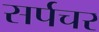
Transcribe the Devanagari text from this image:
सर्पचर